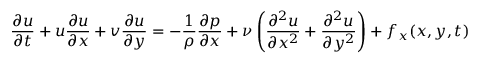
{ \frac { \partial u } { \partial t } } + u { \frac { \partial u } { \partial x } } + v { \frac { \partial u } { \partial y } } = - { \frac { 1 } { \rho } } { \frac { \partial p } { \partial x } } + \nu \left( { \frac { \partial ^ { 2 } u } { \partial x ^ { 2 } } } + { \frac { \partial ^ { 2 } u } { \partial y ^ { 2 } } } \right) + f _ { x } ( x , y , t )